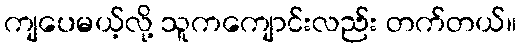
ကျပေမယ့်လို့ သူကကျောင်းလည်း တက်တယ်။